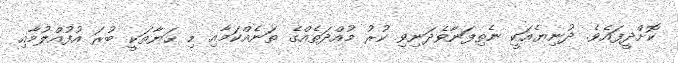
ކޮށްދީފައެވެ. ދުނިޔެއަކީ ނެތިފަނާވެދަނިވި ކުރު މުއްދަތެއްގެ ތަނެއްކަމާއި މި ޙަޔާތަކީ ބުރަ އުފުއްލުމާއި